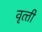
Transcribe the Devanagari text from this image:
वृत्‍ती